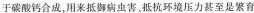
于碳酸钙合成，用来抵御病虫害、抵抗环境压力甚至是繁育